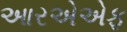
આરએએફ